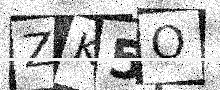
Text: ZK5O